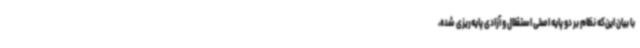
با بیان این‌که نظام بر دو پایه اصلی استقلال و آزادی پایه‌ریزی شده،